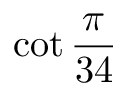
\cot { \frac { \pi } { 3 4 } }